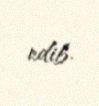
edib.